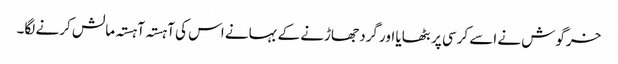
خرگوش نے اسے کرسی پر بٹھایا اور گرد جھاڑنے کے بہانے اس کی آہستہ آہستہ مالش کرنے لگا۔